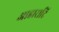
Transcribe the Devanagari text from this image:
आहारादि